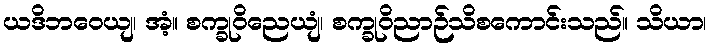
ယဒိဘဝေယျ၊ အံ့။ စက္ခုဝိညေယျံ၊ စက္ခုဝိညာဉ်သိစကောင်းသည်။ သိယာ၊